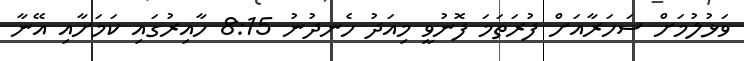
ވަޅުލުމަށް ސަހަރާއަށް ފުރަތަމަ ފޮނުވީ މިއަދު ހެނދުނު 8:15 ހާއިރުގައި ކަމަށާއި އޭނާ